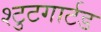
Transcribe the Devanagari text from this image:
श्टुटगार्टड